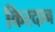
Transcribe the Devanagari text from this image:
किरदान